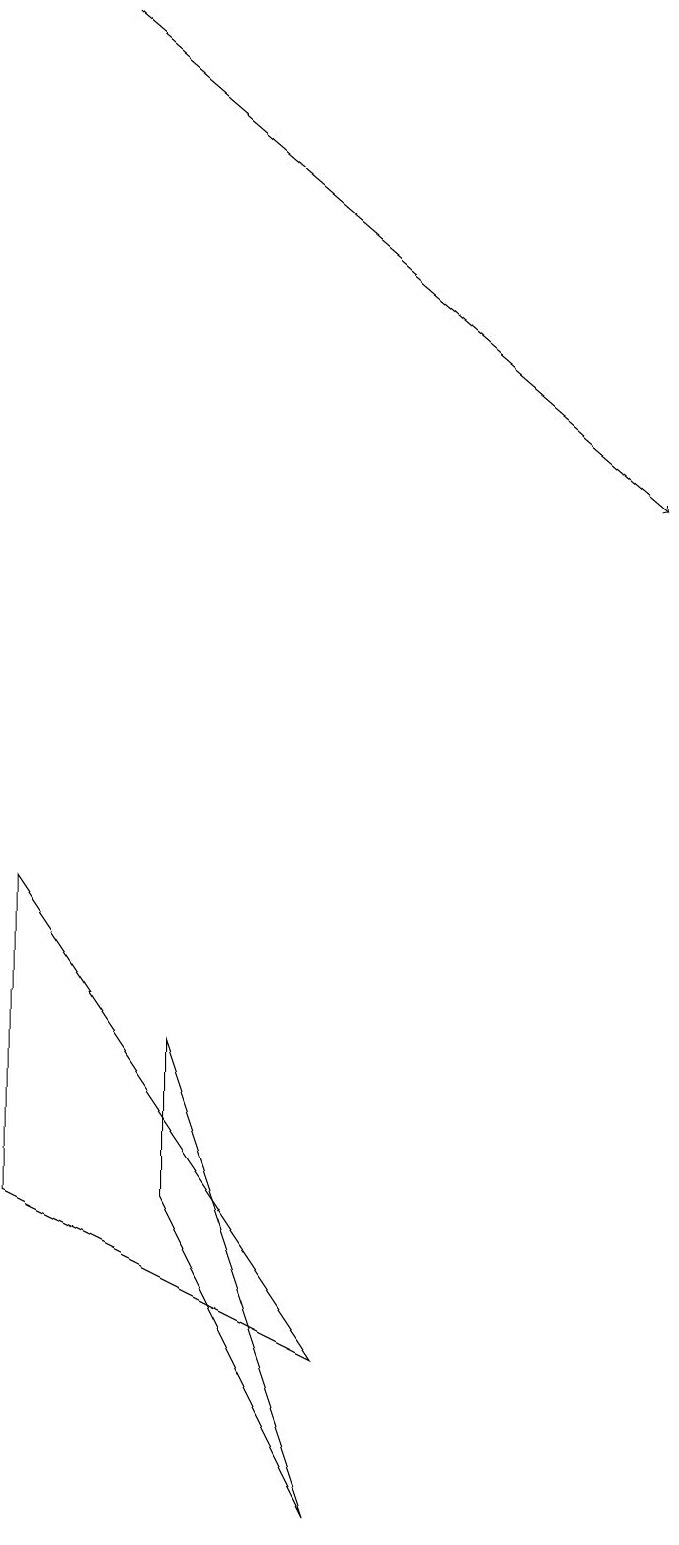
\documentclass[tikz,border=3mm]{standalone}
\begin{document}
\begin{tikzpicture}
\draw (4,2) -- (0,4) -- (0,8) -- cycle;
\draw (2,6) -- (2,4) -- (4,0) -- cycle;
\draw[->] (1,19) -- (8,13);
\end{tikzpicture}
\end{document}